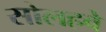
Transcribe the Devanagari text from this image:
सोलहवे